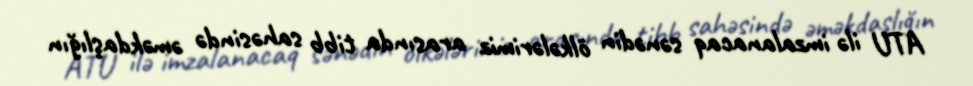
ATU ilə imzalanacaq sənədin ölkələrimiz arasında tibb sahəsində əməkdaşlığın